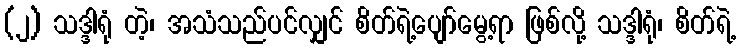
(၂) သဒ္ဒါရုံ တဲ့၊ အသံသည်ပင်လျှင် စိတ်ရဲ့ပျော်မွေ့ရာ ဖြစ်လို့ သဒ္ဒါရုံ၊ စိတ်ရဲ့